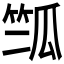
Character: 𰩽